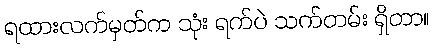
ရထားလက်မှတ်က သုံး ရက်ပဲ သက်တမ်း ရှိတာ။